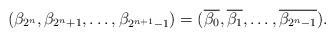
LaTeX: \begin{align*}(\beta_{2^n},\beta_{2^n+1},\ldots, \beta_{2^{n+1}-1})=(\overline{\beta_0}, \overline{\beta_1},\ldots,\overline{\beta_{2^n-1}}).\end{align*}